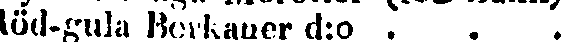
löd-gula Berkauer d:o . . .